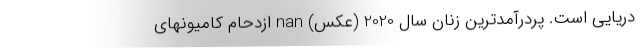
دریایی است. پردرآمد‌ترین زنان سال 2020 (عکس) nan ازدحام کامیونهای